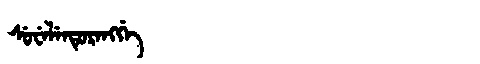
Manchu: ᠰᡠᠸᡝᠯᡝᠨᡩᡠᡵᡝᠩᡤᡝ
Romanization: SUWELENDURENGGE